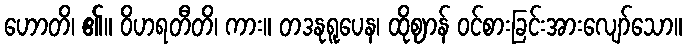
ဟောတိ၊ ၏။ ဝိဟရတီတိ၊ ကား။ တဒနုရူပေန၊ ထိုဈာန် ဝင်စားခြင်းအားလျော်သော။